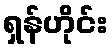
ရှန်ဟိုင်း